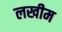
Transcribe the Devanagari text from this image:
लखीम